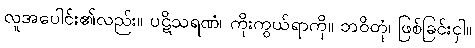
လူအပေါင်း၏လည်း။ ပဋိသရဏံ၊ ကိုးကွယ်ရာကို။ ဘဝိတုံ၊ ဖြစ်ခြင်းငှါ။